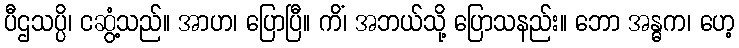
ပီဌသပ္ပိ၊ ငဆွံ့သည်။ အာဟ၊ ပြောပြီ။ ကိံ၊ အဘယ်သို့ ပြောသနည်း။ ဘော အန္ဓက၊ ဟေ့